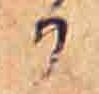
か